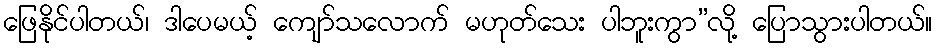
ဖြေနိုင်ပါတယ်၊ ဒါပေမယ့် ကျော်သလောက် မဟုတ်သေး ပါဘူးကွာ”လို့ ပြောသွားပါတယ်။